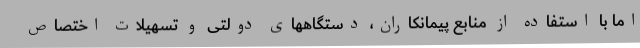
اما با استفاده از منابع پیمانکاران، دستگاههای دولتی و تسهیلات اختصاص